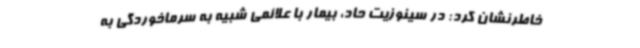
خاطرنشان کرد: در سینوزیت حاد، بیمار با علائمی شبیه به سرماخوردگی به